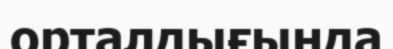
орталдығында